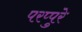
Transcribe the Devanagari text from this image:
परप्पुरे